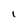
Character: i